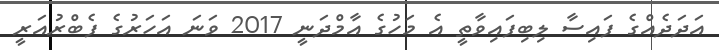
އަދަދެއްގެ ފައިސާ ލިބިފައިވާތީ އެ މަހުގެ އާމްދަނީ 2017 ވަނަ އަހަރުގެ ފެބްރުއަރީ